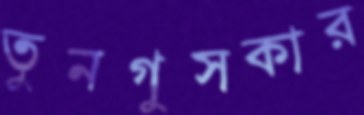
তুনগুসকার